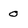
Character: 0